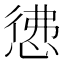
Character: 𭝖